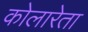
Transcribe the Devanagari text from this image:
कोलारेता